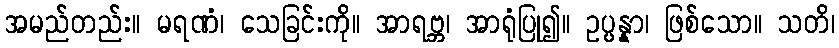
အမည်တည်း။ မရဏံ၊ သေခြင်းကို။ အာရဗ္ဘ၊ အာရုံပြု၍။ ဥပ္ပန္နာ၊ ဖြစ်သော။ သတိ၊